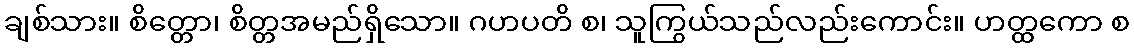
ချစ်သား။ စိတ္တော၊ စိတ္တအမည်ရှိသော။ ဂဟပတိ စ၊ သူကြွယ်သည်လည်းကောင်း။ ဟတ္ထကော စ